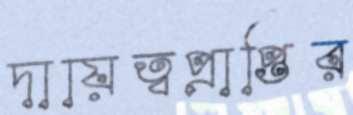
দায়িত্বপ্রাপ্তির